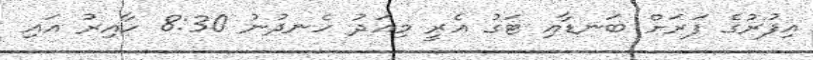
އިފުރުގެ ފަރަށް ބަނޑާއި ޓަގު އެރީ މިއަދު ހެނދުނު 8:30 ހާއިރު އައި